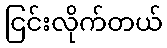
ငြင်းလိုက်တယ်